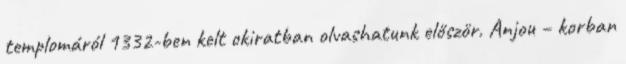
templomáról 1332-ben kelt okiratban olvashatunk először. Anjou – korban